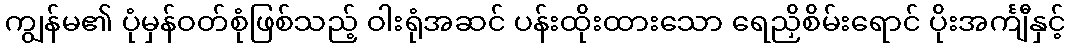
ကျွန်မ၏ ပုံမှန်ဝတ်စုံဖြစ်သည့် ဝါးရုံအဆင် ပန်းထိုးထားသော ရေညှိစိမ်းရောင် ပိုးအင်္ကျီနှင့်